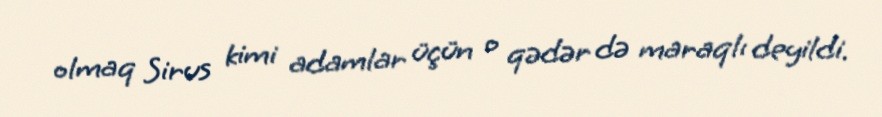
olmaq Sirus kimi adamlar üçün o qədər də maraqlı deyildi.